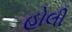
હોલી